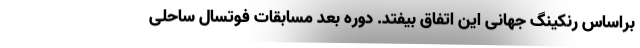
براساس رنکینگ جهانی این اتفاق بیفتد. دوره بعد مسابقات فوتسال ساحلی